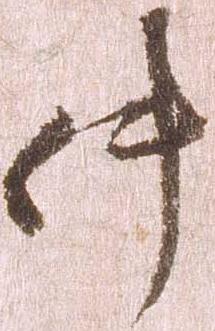
件